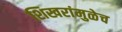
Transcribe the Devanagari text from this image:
शिखरांमुळेच